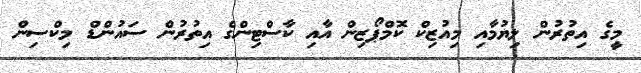
މީގެ އިތުރުން ލިޔުމާއި މިއުޒިކް ކޮމްޕޯޒިން އާއި ކާސްޓިންގެ އިތުރުން ސައުންޑް މިކްސިން